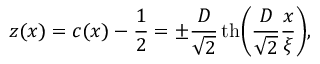
\begin{array} { l } { \displaystyle { z ( x ) = c ( x ) - \frac { 1 } { 2 } = \pm \frac { D } { \sqrt { 2 } } \, \mathrm { t h } \bigg ( \frac { D } { \sqrt { 2 } } \frac { x } { \xi } \bigg ) , } } \end{array}